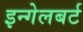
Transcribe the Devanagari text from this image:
इन्गेलबर्ट